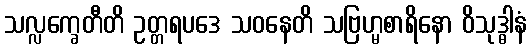
သလ္လက္ခေတီတိ ဥတ္တရပဒေ သဝနေတိ သဗြဟ္မစာရိနော ဝိသုဒ္ဓါနံ